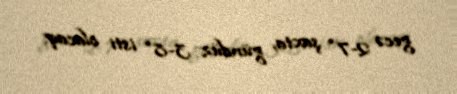
gecə 2-7° şaxta, gündüz 3-8° isti olacaq.